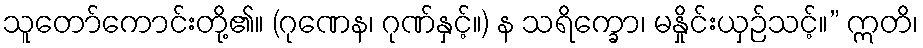
သူတော်ကောင်းတို့၏။ (ဂုဏေန၊ ဂုဏ်နှင့်။) န သရိက္ခော၊ မနှိုင်းယှဉ်သင့်။” ဣတိ၊